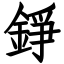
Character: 錚